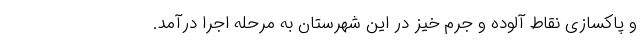
و پاکسازی نقاط آلوده و جُرم خیز در این شهرستان به مرحله اجرا درآمد.